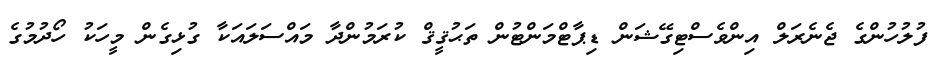
ފުލުހުންގެ ޖެނެރަލް އިންވެސްޓިގޭޝަން ޑިޕާޓްމަންޓުން ތަޙުޤީޤް ކުރަމުންދާ މައްސަލައަކާ ގުޅިގެން މީހަކު ހޯދުމުގެ